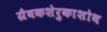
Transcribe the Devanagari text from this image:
ग्रैवकशेरुकाशोथ